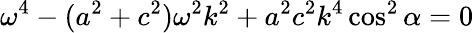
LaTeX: \omega^{4}-(a^{2}+c^{2})\omega^{2}k^{2}+a^{2}c^{2}k^{4}\cos^{2}\alpha=0